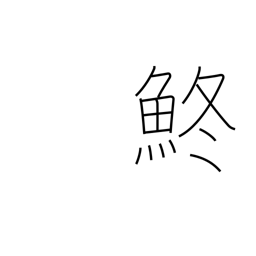
Meaning: gizzard shad